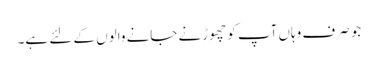
جو صرف وہاں آپ کو چھوڑنے جانے والوں کے لئے ہے۔